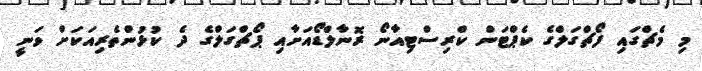
މި މެޗްގައި ފޯޗްގަލްގެ ކެޕްޓަން ކްރިސްޓިއާނޯ ރޮނާލްޑޯއަށާއި ޕޯޗްގަލްގެ ދެ ކުޅުންތެރިއަކަށް ވަނީ